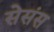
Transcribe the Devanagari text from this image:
सेसंस